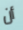
أن